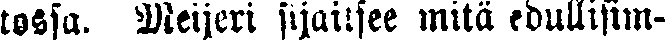
tossa. Meijeri sijaitsee mitä edullisim-